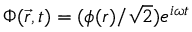
\Phi ( { \vec { r } } , t ) = ( \phi ( r ) / { \sqrt { 2 } } ) e ^ { i \omega t }